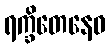
ရက္ခိတေနေဝ